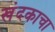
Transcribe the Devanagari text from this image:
खंदकाचा